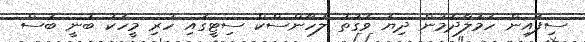
ސިފައިން ހަމަލާދެމުން ދިޔަ ވަގުތު ލުހާންސްކް ސިޓީގައި ހުރި މީހަކު ބުނީ ބަސް